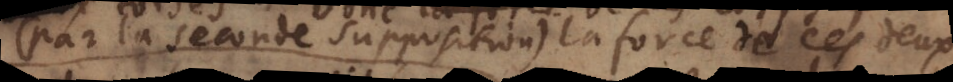
(par la seconde supposition) la force de ces deux